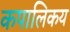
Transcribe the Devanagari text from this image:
कपालिकय